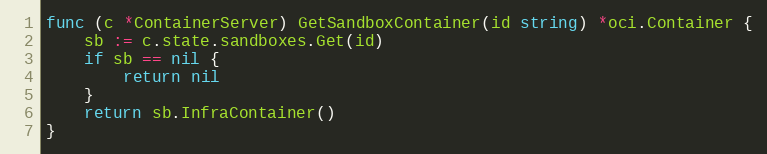
Language: Go
func (c *ContainerServer) GetSandboxContainer(id string) *oci.Container {
	sb := c.state.sandboxes.Get(id)
	if sb == nil {
		return nil
	}
	return sb.InfraContainer()
}